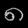
Digit: ၈